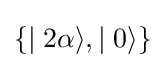
\lbrace \mid 2\alpha \rangle ,\mid 0\rangle \rbrace